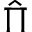
\hat { \Pi }